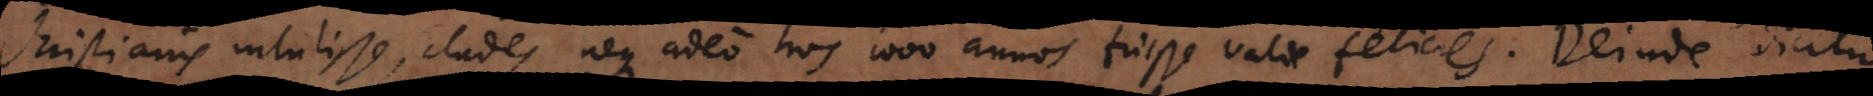
Christianis intulisse clades, neque adeo hos 1000 annos fuisse valde felices. Deinde dicitur